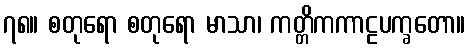
၇၈။ စတုရော စတုရော မာသာ၊ ကတ္တိကကာဠပက္ခတော။